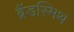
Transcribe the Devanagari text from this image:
ब्रैंडस्मिथ